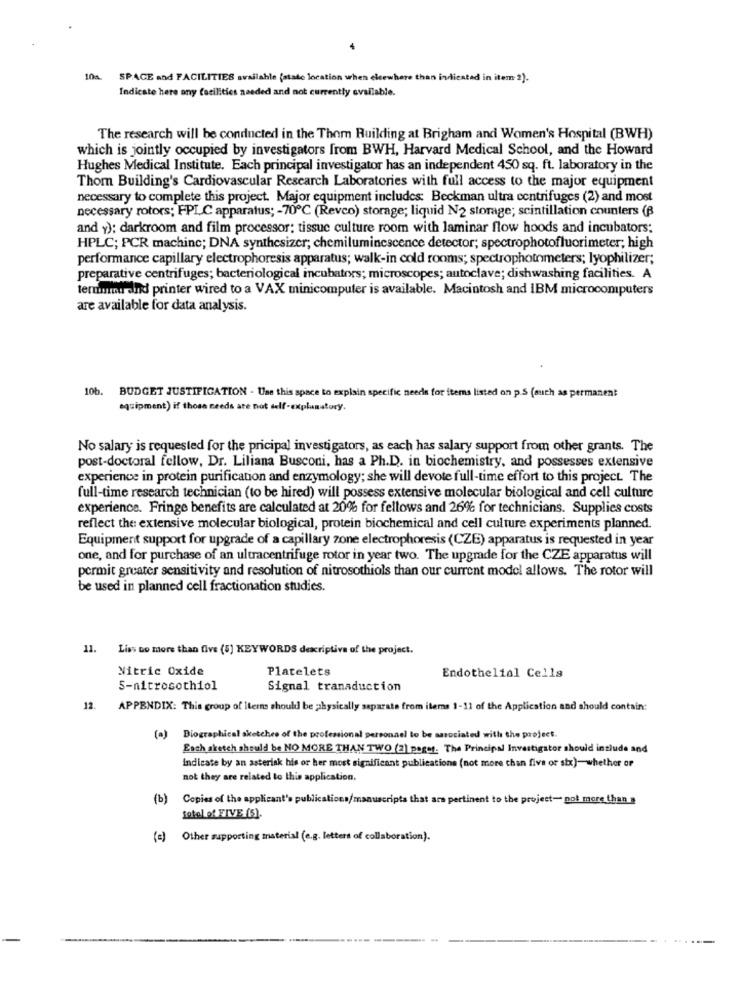
SPACE and FACILITIES available (state location when elsewhere than indicated in item 2).
Indicate here any facilities needed and not currently available.
The research will be conducted in the Thom Ruilding at Brigham and Women's Hospital (BWH)
which is jointly occupied by investigators from BWH, Harvard Medical School, and the Howard
Hughes Medical Institute. Each principal investigator has an independent 450 sq. ft. laboratory in the
Thom Building's Cardiovascular Research Laboratories with full access to the major equipment
necessary to complete this project. Major equipment includes: Beckman ultra centrifuges (2) and most
necessary rotors; FPLC apparatus; - 70℃ (Revco) storage; liquid N2 storage; scintillation counters (B
and y): darkroom and film processor; tissue culture room with laminar flow hoods and incubators;
HPLC; PCR machine; DNA synthesizer; chemiluminescence detector; spectrophotofluorimeter; high
performance capillary electrophoresis apparatus; walk-in cold rooms; spectrophotometers; lyophilizer;
preparative centrifuges; bacteriological incubators; microscopes; autoclave; dishwashing facilities. A
terminu dhd printer wired to a VAX minicomputer is available. Macintosh and IBM microcomputers
are available for data analysis.
10b
BUDGET JUSTIFICATION - Use this space to explain specific needs for items listed on p.S (such as permanent
equipment) if those needs are not self-explanatory.
No salary is requested for the pricipal investigators, as each has salary support from other grants. The
post-doctoral fellow, Dr. Liliana Busconi, has a Ph.D. in biochemistry, and possesses extensive
experience in protein purification and enzymology; she will devote full-time effort to this project. The
full-time research technician (to be hired) will possess extensive molecular biological and cell culture
experience. Fringe benefits are calculated at 20% for fellows and 26% for technicians. Supplies costs
reflect the extensive molecular biological, protein biochemical and cell culture experiments planned.
Equipment support for upgrade of a capillary zone electrophoresis (CZE) apparatus is requested in year
one, and for purchase of an ultracentrifuge rotor in year two. The upgrade for the CZE apparatus will
permit greater sensitivity and resolution of nitrosothiols than our current model allows. The rotor will
be used in planned cell fractionation studies.
11.
Liss no more than five (5) KEYWORDS descriptiva of the project.
Nitric Oxide
Platelets
Endothelial Cells
S-nitrosothiol
Signal transduction
12. APPENDIX: This group of iterns should be physically separate from items 1-11 of the Application and should contain:
(a) Biographical sketches of the professional personnel to be associated with the project.
Each sketch should be NO MORE THAN TWO (2) pages. The Principal Investigator should include and
Indicate by an asterisk his or her most significant publications (not more than five or six)-whether or
not they are related to this application.
(b)
Copies of the applicant's publications/manuscripts that are pertinent to the project- pot more than a
total of FIVE (5)
(=) Other supporting material (e.g. letters of collaboration).